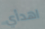
اهدأي